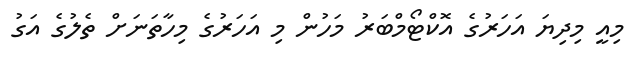
މިއީ މިދިޔަ އަހަރުގެ އޮކްޓޯމްބަރު މަހުން މި އަހަރުގެ މިހާތަނަށް ތެލުގެ އަގު